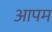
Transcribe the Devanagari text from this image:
आपम